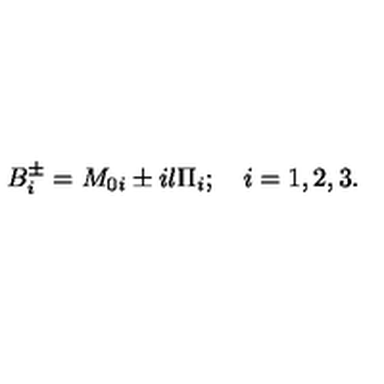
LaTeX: B _ { i } ^ { \pm } = M _ { 0 i } \pm i l \Pi _ { i } ; \quad i = 1 , 2 , 3 .